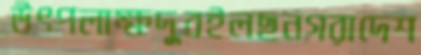
উৎপলাক্ষদুবইলছনগরাদেশ